Annual report on the working of the mental hospitals in the Madras Presidency - 1912-1932
Year: 1912
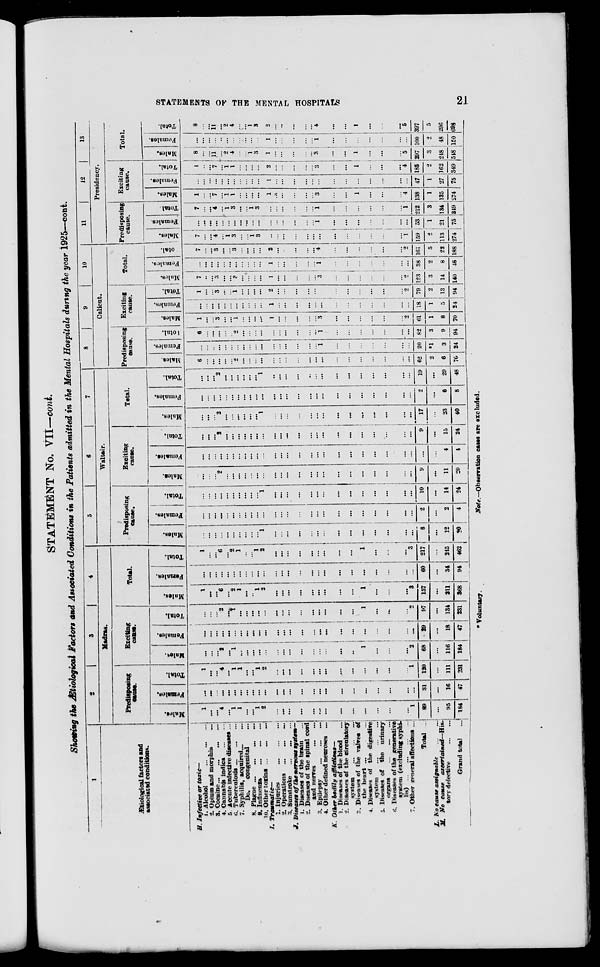
STATEMENTS OF THE MENTAL HOSPITALS
21
STATEMENT No. VII—cont.
Showing the Ætiotogical factors and Associated Conditions in the Patients admitted in the Mental Hospitals during the year 1925—cont.
1
Ætiological factors and
Associated conditions.
H. Infective or toxic—
1. Alcohol
...
...
...
2. Opium and morphia ...
3. Cocaine ... ... ... ...
4. Gannabis indica
...
...
5. Accute infective diseases ...
6. Tuberculosis ... ... ...
7. Syphilis, acquired. ... ...
Do.
congenital ...
8. Plague ...
...
... ...
9. Influenza
...
...
...
10. Other toxins ... ... ...
I.
Traumatic—
1. Injuries
...
...
...
2. Operations ...
...
...
3. Sunstroke
... ...
J. Diseases of tie nervous system—
1. Diseases of the brain ...
2. Diseases of the spinal cord
and nerves
...
...
3. Epilepsy
...
...
...
4. Other defined neuroses ...
K. Other bodily afflictions—
1. Diseases of the blood ...
2. Diseases of the circulatory
system
...
...
...
3. Diseases of the valves of
the heart ... ... ...
4. Diseases of the digestive
system
...
...
...
5. Diseases of the urinary
organs ... ... ...
6. Diseases of the generative
system (excluding syphi-
lis)
... ... ...
7. Other general affections ...
Total ...
L. No cause assignable
...
...
M. No cause ascertained—His-
tory defective ... ...
Grand total ...
2
3
4
Madras.
Predisposing
cause.
Males.
1
...
...
4
...
1
1
...
...
1
2
...
...
...
...
...
...
...
...
...
...
...
...
...
1
89
...
95
184
Females.
...
...
...
...
...
...
...
...
...
...
...
...
...
...
...
...
...
...
...
...
...
...
...
...
...
31
...
16
47
Total.
1
...
...
4
...
1
1
...
...
1
2
...
...
...
...
...
...
...
...
...
...
...
...
...
1
120
...
111
231
Exciting
cause.
Males.
...
...
...
2
...
1
...
...
...
...
...
...
...
...
...
...
...
...
...
1
...
...
...
2
68
...
116
184
Females.
...
...
...
...
...
...
...
...
...
...
...
...
...
...
...
...
...
...
...
...
...
...
...
...
...
29
...
18
47
Total.
...
...
...
2
...
1
...
...
...
...
...
...
...
...
...
...
...
...
...
...
1
...
...
...
2
97
...
134
231
Total.
Males.
1
...
...
6
...
2
1
...
...
1
2
...
...
...
...
...
...
...
...
...
1
...
...
...
3
157
...
211
368
Females.
...
...
...
...
...
...
...
...
...
...
...
...
...
...
...
...
...
...
...
...
...
...
...
...
...
60
...
34
94
Total.
1
...
6
...
2
1
...
...
1
2
...
...
...
...
...
...
...
...
...
1
...
...
...
3
217
215
462
5
6
7
Waltair.
Predisposing
cause.
Males.
...
...
...
...
...
...
...
...
...
...
1
...
...
...
...
...
...
...
...
...
...
...
...
...
8
...
12
20
Females.
...
...
...
...
...
...
...
...
...
...
...
...
...
...
...
...
...
...
...
...
...
...
...
...
...
2
...
2
4
Total.
...
...
...
...
...
...
...
...
...
...
1
...
...
...
...
...
...
...
...
...
...
...
...
...
...
10
...
14
24
Exciting
cause.
Males.
...
...
...
2
...
...
...
...
...
...
...
...
...
...
...
...
...
...
...
...
...
...
...
...
...
9
...
11
20
Females.
...
...
...
...
...
...
...
...
...
...
...
...
...
...
...
...
...
...
...
...
...
...
...
...
...
...
...
4
4
Total.
...
...
...
2
...
...
...
...
...
...
...
...
...
...
...
...
...
...
...
...
...
...
...
...
...
9
...
15
24
Total.
Males.
...
...
...
2
...
...
...
...
...
...
1
...
...
...
...
...
...
...
...
...
...
...
...
...
...
17
...
23
40
Females.
...
...
...
...
...
...
...
...
...
...
...
...
...
...
...
...
...
...
...
...
...
...
...
...
...
2
...
6
8
Total.
...
...
...
2
...
...
...
...
...
...
1
...
...
...
...
...
...
...
...
...
...
...
...
...
...
19
...
29
48
8
9
10
Calicut.
Predisposing
cause.
Males.
6
...
...
...
...
...
2
...
...
...
...
...
...
...
...
...
...
...
...
...
...
...
...
...
...
62
2
6
70
Females.
...
...
...
...
...
...
...
...
...
...
...
...
...
...
...
...
...
1
...
...
...
...
...
...
...
20
*1
3
24
Total.
6
...
...
...
...
...
2
...
...
...
...
...
...
...
...
...
...
1
...
...
...
...
...
...
...
82
3
9
94
Exciting
cause.
Males.
1
...
...
3
...
...
1
...
...
...
...
1
...
...
...
...
...
3
...
...
...
...
...
...
2
61
1
8
70
Females.
...
...
...
...
...
...
...
...
...
...
...
1
...
...
...
...
...
...
...
...
...
...
...
...
...
18
1
5
24
Total.
1
...
...
3
...
...
1
...
...
...
...
2
...
...
...
...
...
3
...
...
...
...
...
...
2
79
2
13
94
Total.
Males.
7
..
...
3
...
...
3
...
...
...
...
1
...
...
...
...
...
3
...
...
...
...
...
...
2
123
3
14
140
Females.
...
...
...
...
...
...
...
...
...
...
...
1
...
...
...
...
...
1
...
...
...
...
...
...
...
38
2
8
48
Total.
7
...
...
3
...
...
3
...
...
...
...
2
...
...
...
...
...
4
...
...
...
...
...
...
2
161
5
22
188
11
12
13
Presidency.
Predisposing
cause.
Males.
7
...
...
4
...
1
3
...
...
1
3
...
...
...
...
...
...
...
...
...
...
...
...
...
1
159
2
113
274
Females.
...
...
...
...
...
...
...
...
...
...
...
...
...
...
...
...
...
1
...
...
...
...
...
...
...
53
1
21
75
Total.
7
...
...
4
...
1
3
...
...
1
3
...
...
...
...
...
...
1
...
...
...
...
...
...
1
212
3
134
349
Exciting
cause.
Males.
1
...
...
7
...
1
1
...
...
...
...
1
...
...
...
...
...
3
...
...
1
...
...
...
4
138
1
135
274
Females.
...
...
...
...
...
...
...
...
...
...
...
1
...
...
...
...
...
...
...
...
...
...
...
...
...
47
1
27
75
Total.
1
..
...
7
...
1
1
...
...
...
...
2
...
...
...
...
... 3
...
...
1
...
...
...
4
185
2
162
349
Total.
Males.
8
...
...
11
...
2
4
...
...
1
3
1
...
...
...
...
... 3
...
...
1
...
...
...
5
297
3
248
548
Females.
...
...
...
...
...
...
...
...
...
...
...
1
...
...
...
...
...
1
...
...
...
...
...
...
...
100
2
48
150
Total.
8
...
...
11
...
2
4
...
...
1
3
2
...
...
...
...
...
4
...
...
1
...
...
...
5
397
5
296
698
* Voluntary.
Note.—Observation
easts are excluded.